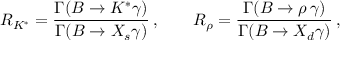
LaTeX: R _ { K ^ { * } } = { \frac { \Gamma ( B \to K ^ { * } \gamma ) } { \Gamma ( B \to X _ { s } \gamma ) } } \, , \qquad R _ { \rho } = { \frac { \Gamma ( B \to \rho \, \gamma ) } { \Gamma ( B \to X _ { d } \gamma ) } } \, ,